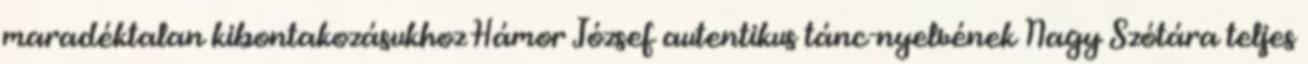
maradéktalan kibontakozásukhoz Hámor József autentikus tánc-nyelvének Nagy Szótára teljes